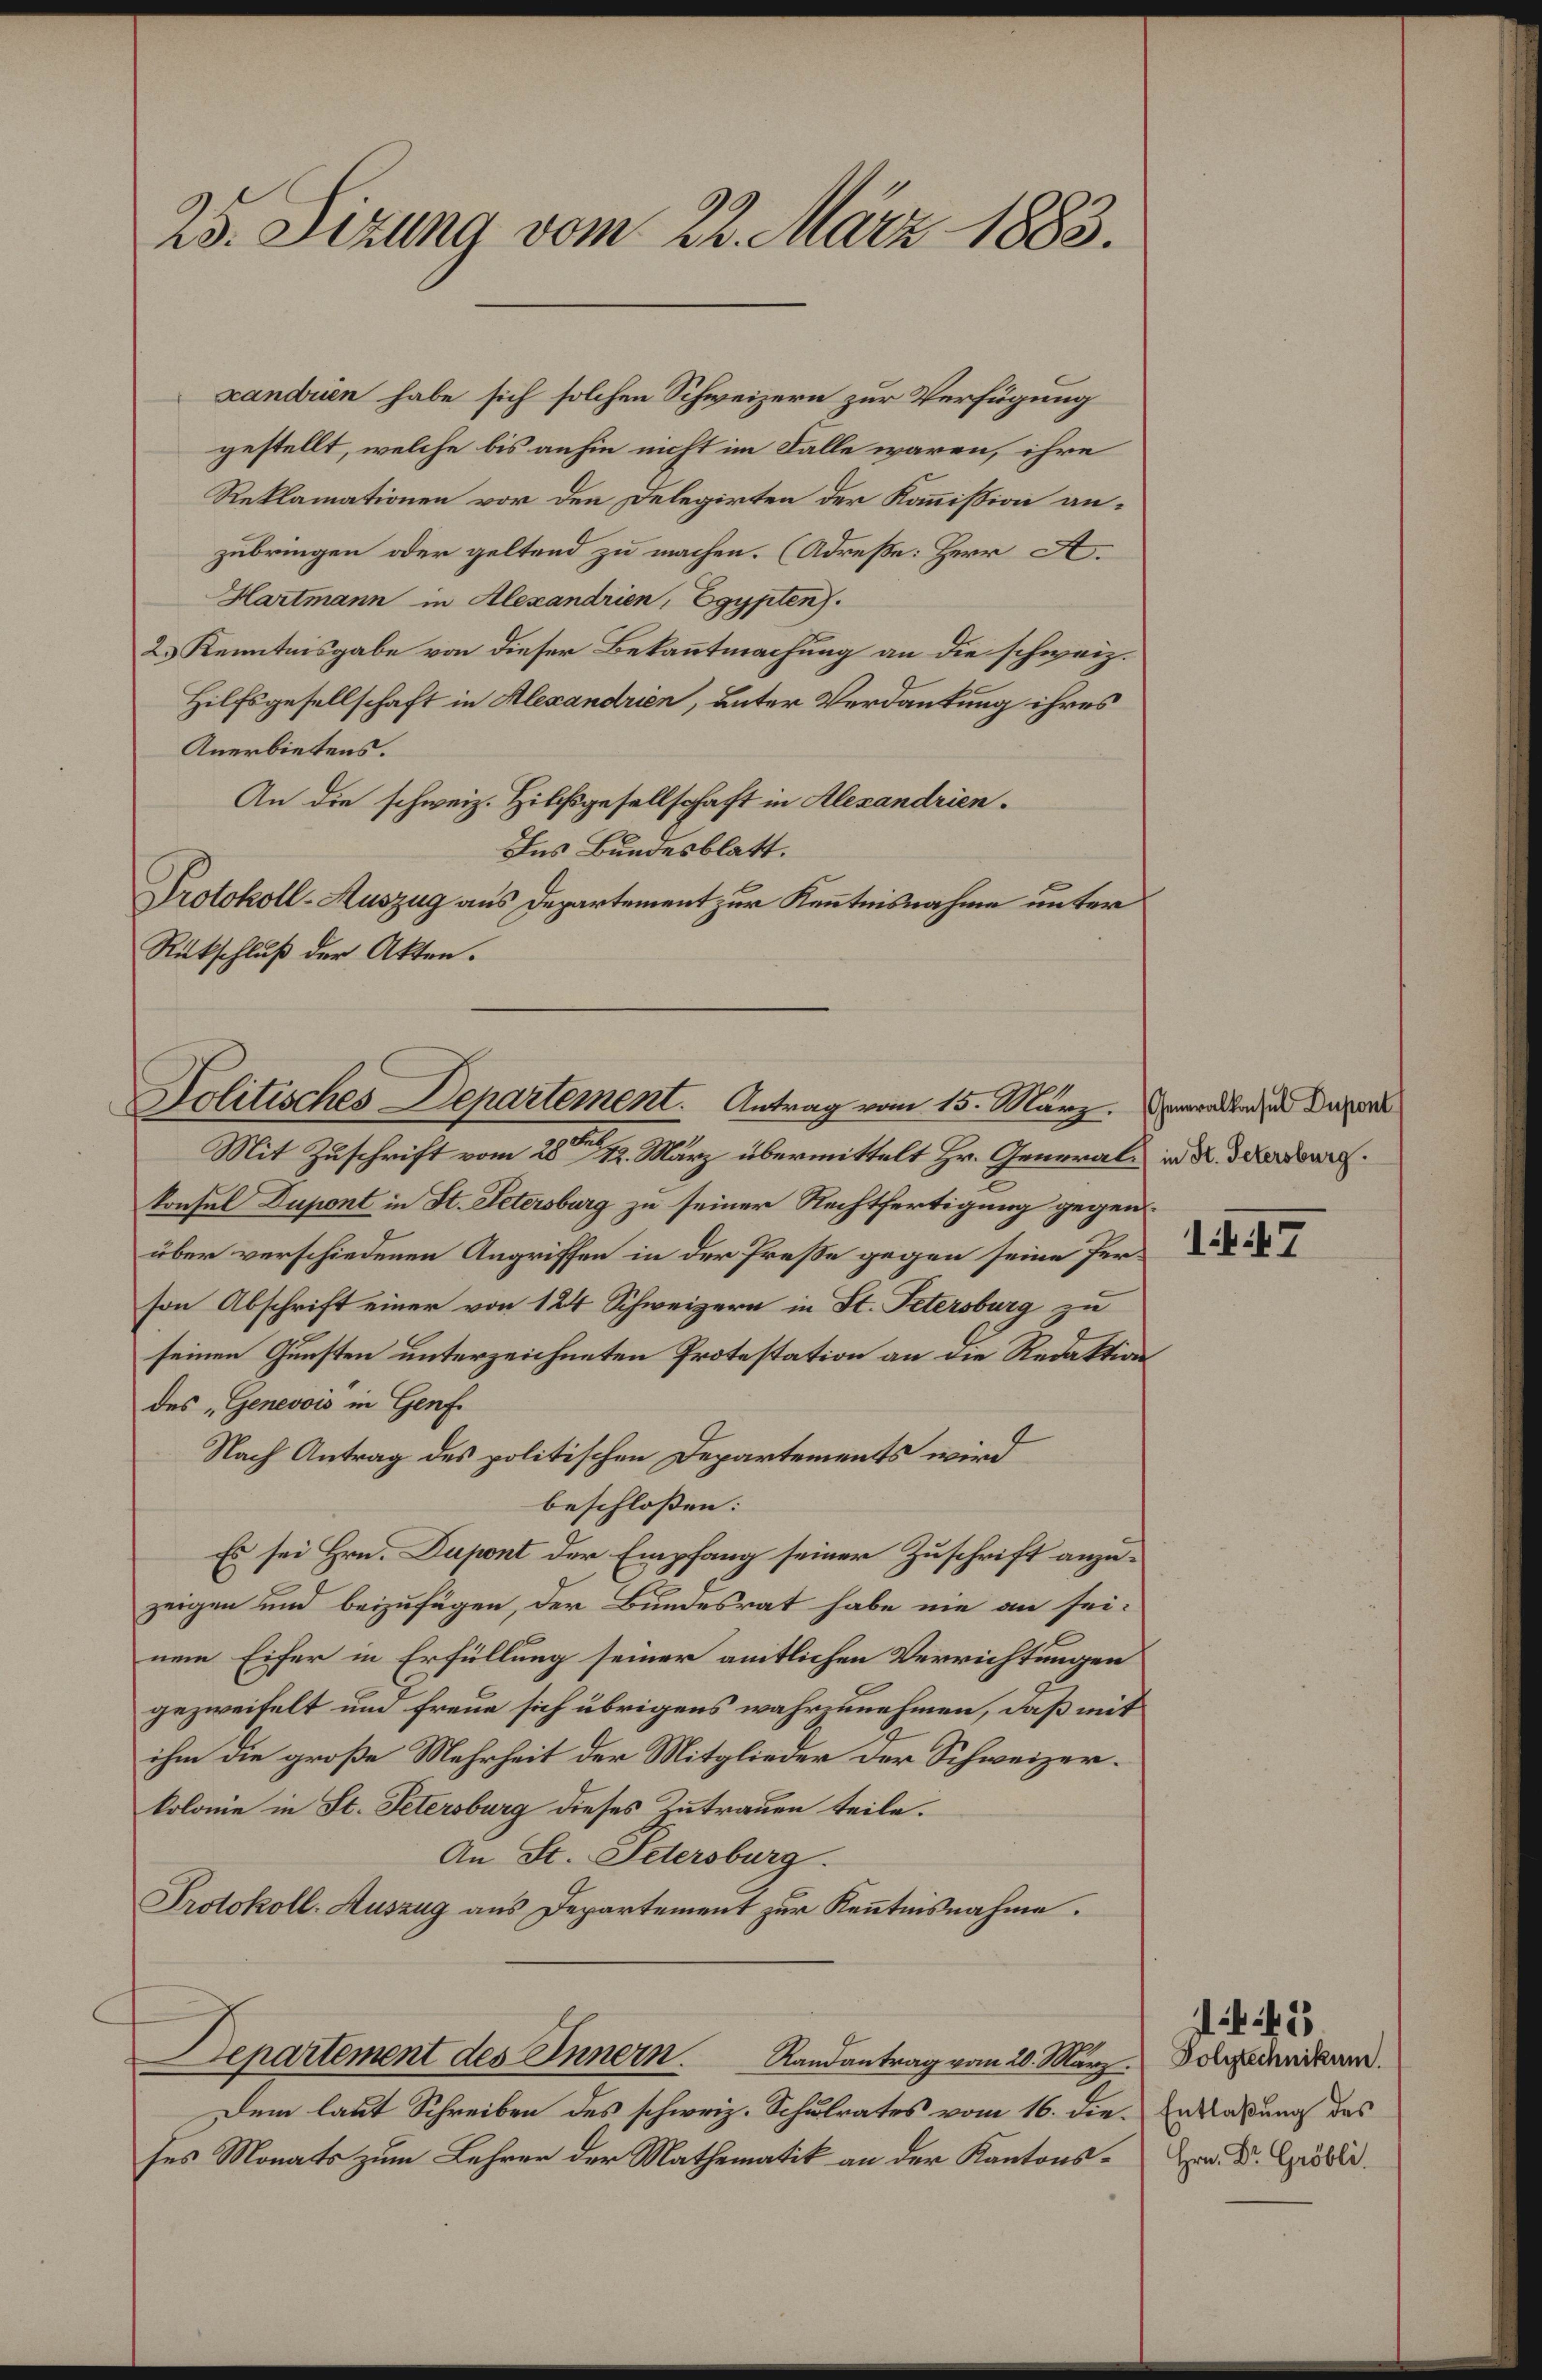
2. Jreng von 2tr 1882.
andiän habe sich solchen Schweizern zur Verfügung
gestellt, welche bis auhin nicht im Falle iwaren, ihre
Setlamationen vor den Felegirten der Konistion an¬
zubringen der geltend zu machen. Adruste. Horr A.
Hatmann in Alrandeen, Bgphluf.
2Kentmsgabe vn dieser Betontmachung an die schweiz
Hilfsgesellschaft in Awansdn, unter Verdantung ihres
Anerbietens.
An die schweiz Hilsgesellschaft in Aeaeeiän.
es Benesblatt.
ottkoll rzag aus dezartementzur Sratnnahrn unter
Rtatschlus des Atte.
hranelbnse Uworel
n dt. Setsbeng.
1442
Jotichas Bepeeemend Astragvom 10. Mdaz¬
Mit Zuschrift vom 8. t. Mänz übermittelt Hr. Genras
nshul Rnpwel in H. sbag zu seiner Rechtfertigung gegen
über verschiedenen Angriffen in dor Hreste gegen seine Her¬
son Abschrift einer von 124 Schweizern in Ft. Kenbag zu
seinen Gusten unterzeichnten Protestaton an die Reettin
des Hoanwi in anh
Nach Antrag des olitischen Departements wird
beschloßen:
Es sei Hand Rasrnl dr Egipfang seinen Zuschrift azu
zeigen und beizufügen, der Bunesrat habe nie an sei.
ine Eiher in Erfüllung seiner amtlicehen Verrichtugen
gezweifelt und freun sich ubrigens währzkrehmen, Faß mit
ihn die grose Mahrheit der Mitglieder der Schweizer.
loloie in t. Mabarg dieses Zütrauen eile.
An B. Ietrbarg.
osfoll. ung ans Departement zur Ketisnahme.
J44
Solgchikun
Entlaßung des
 Hrr B. Hetli
Depnerhnent des SInernRndentagerue Neg
Den lakt Schreibn des schwriz. Schulrates vom 16. die
ses Monats zum Lehren der Mathematit an der Kantons¬